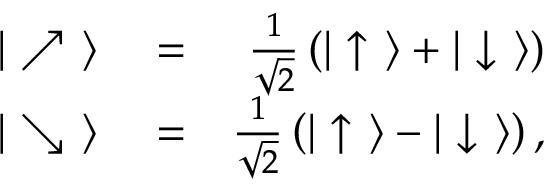
\begin{array} { r l r } { | \nearrow \ \rangle } & { { } = } & { \frac { 1 } { \sqrt { 2 } } \left( | \uparrow \ \rangle + | \downarrow \ \rangle \right) } \\ { | \searrow \ \rangle } & { { } = } & { \frac { 1 } { \sqrt { 2 } } \left( | \uparrow \ \rangle - | \downarrow \ \rangle \right) , } \end{array}